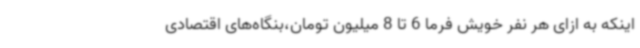
اینکه به ازای هر نفر خویش فرما 6 تا 8 میلیون تومان،بنگاه‌های اقتصادی